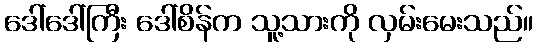
ဒေါ်ဒေါ်ကြီး ဒေါ်စိန်က သူ့သားကို လှမ်းမေးသည်။